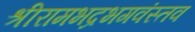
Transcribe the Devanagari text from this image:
श्रीरामभद्रभगवंस्तव